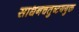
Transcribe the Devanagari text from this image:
साधनचतुष्टययुक्त